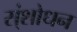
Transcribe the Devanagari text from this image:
स्ंशोधन